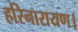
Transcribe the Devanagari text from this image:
हरिनारायण।